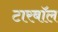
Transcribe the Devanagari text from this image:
टारबॉल